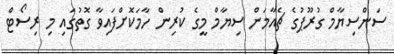
ސަންސިޔާމް ގުރޫޕުގެ ޗެއާމަން ސިޔާމް މީގެ ކުރިން ހާމަކޮށްފައިވާ ގޮތުގައި މި ރިސޯޓް